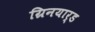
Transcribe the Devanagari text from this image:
ग्रिनयार्ड